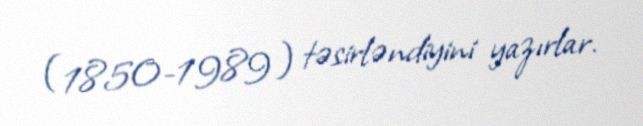
(1850-1989) təsirləndiyini yazırlar.